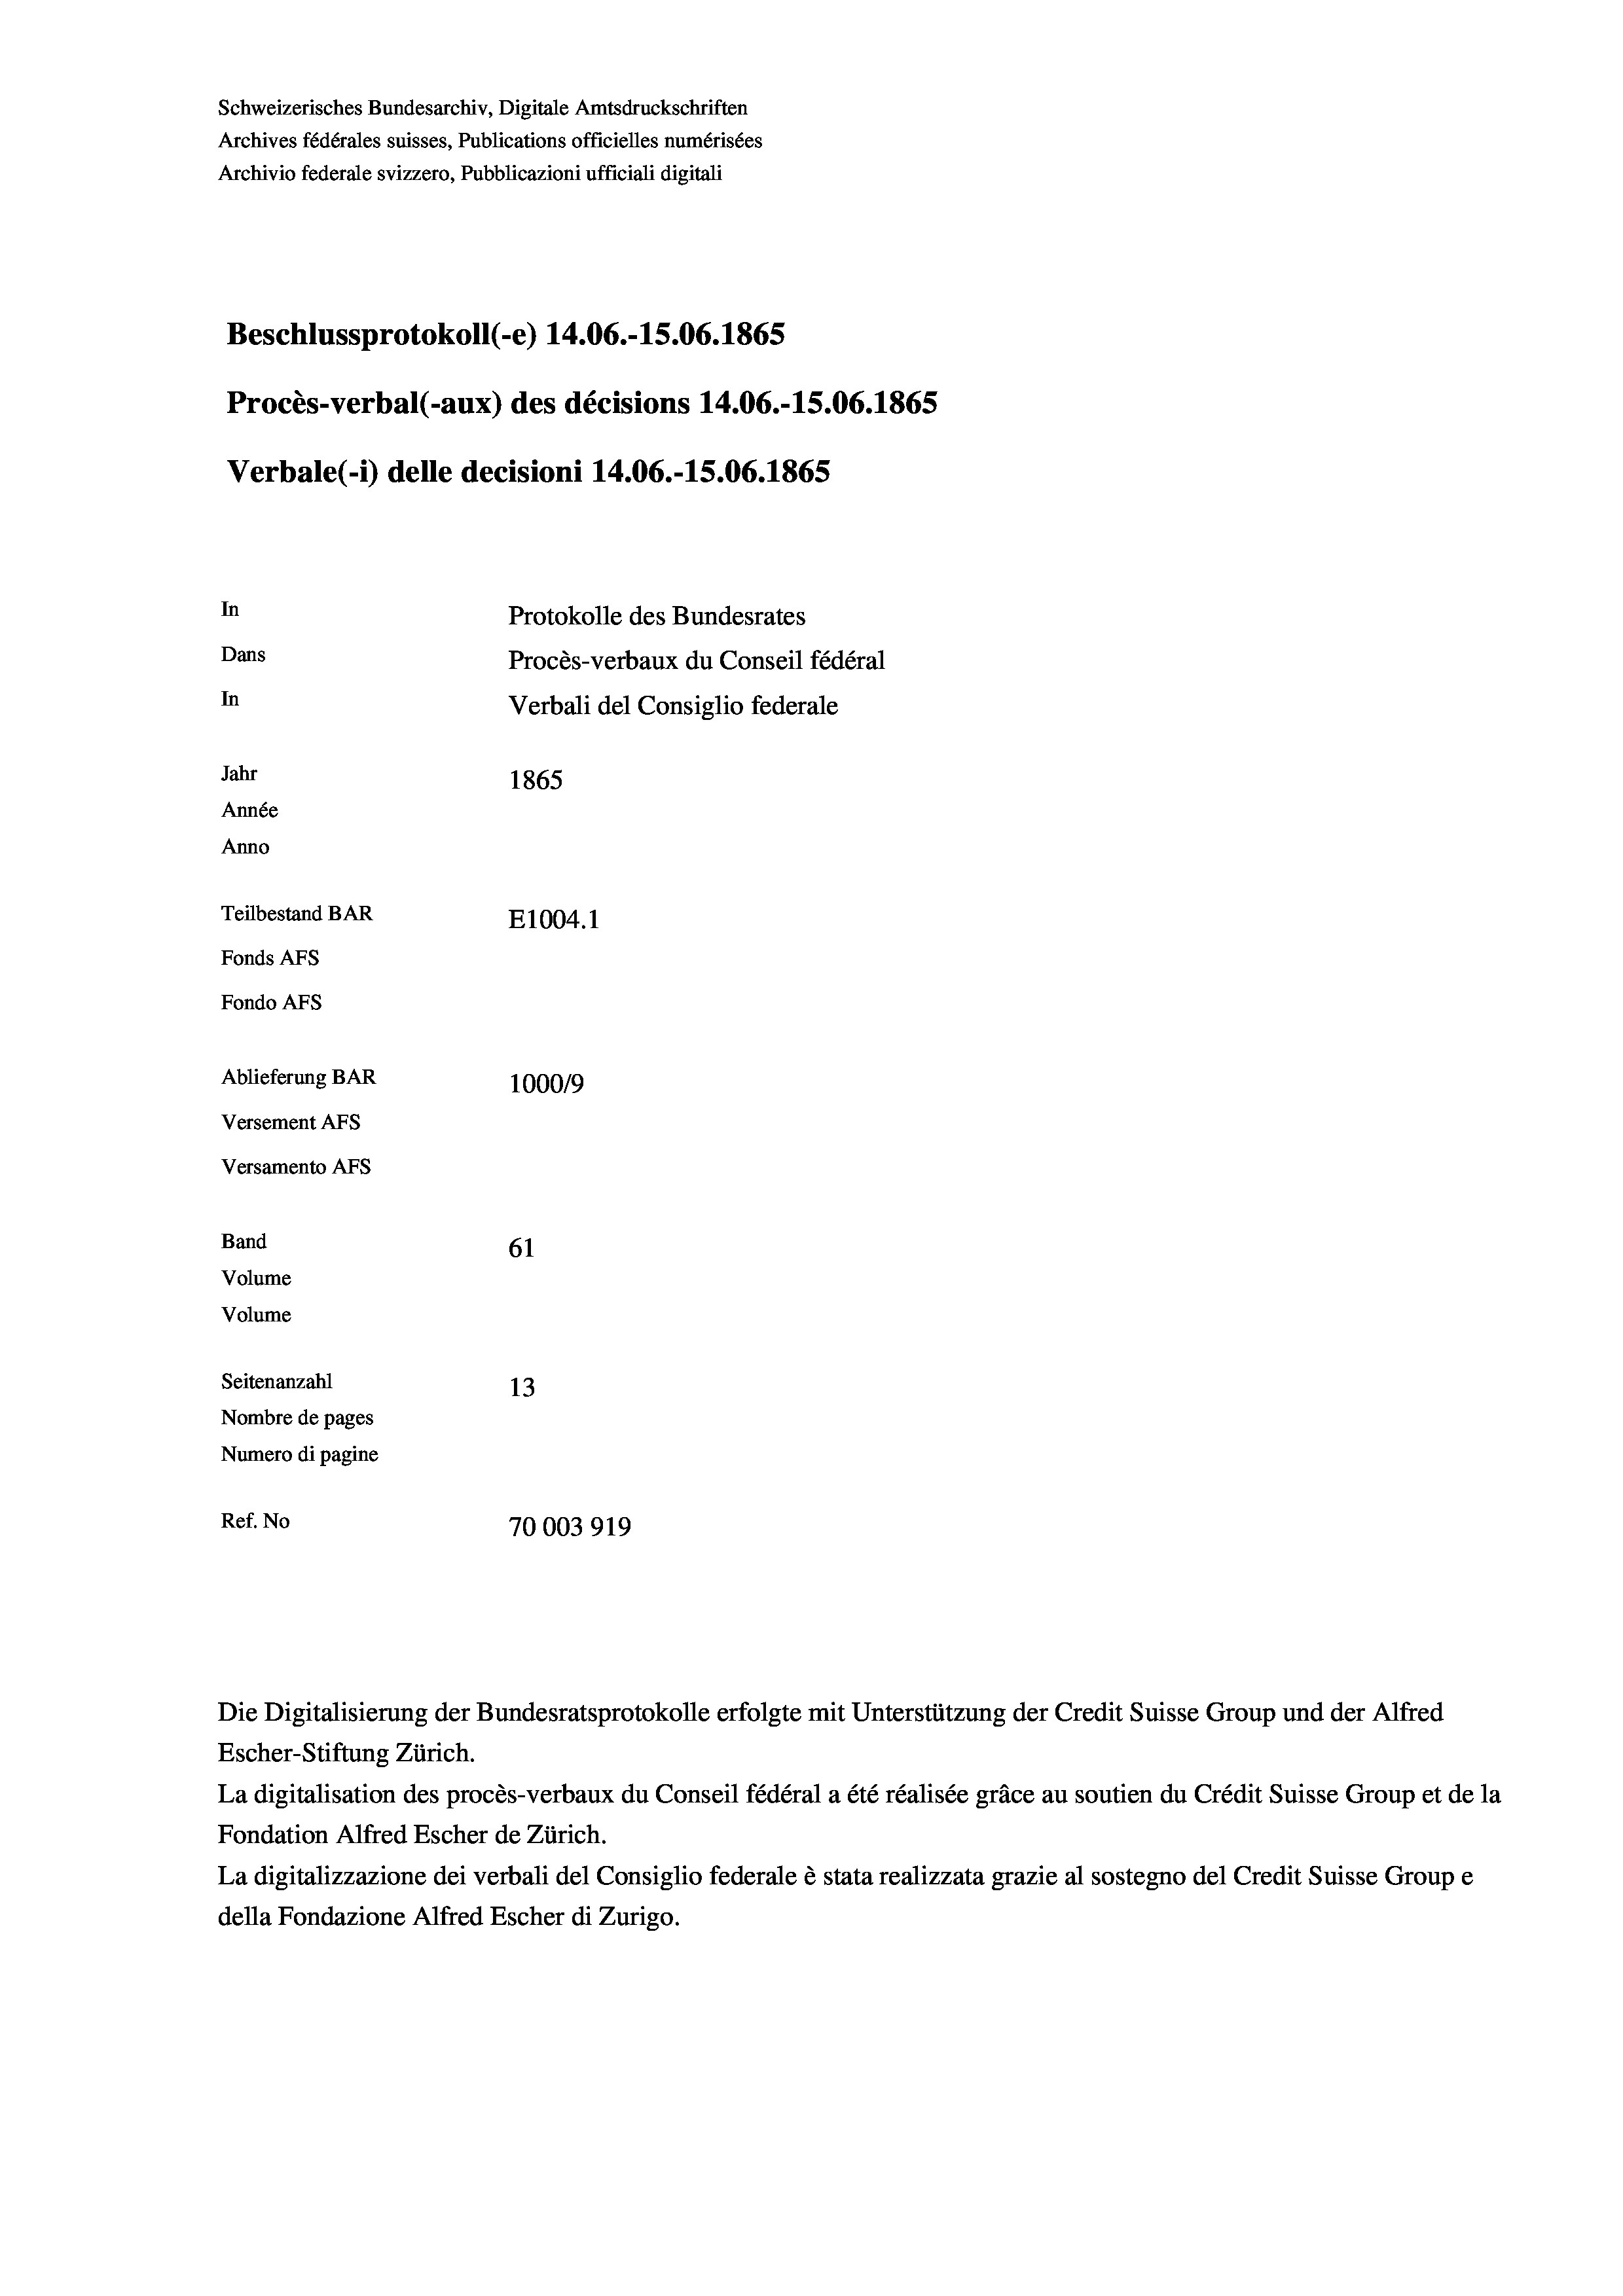
Schweizerisches Bundesarchiv, Digitale Amtsdruckschriften
Archives fédérales suisses, Publications officielles numérisées
Archivio federale svizzero, Pubblicazioni ufficiali digitali
Beschlussprotokoll (-e) 14.06.-15.06. 1865
Procès-verbal (-aux) des décisions 14.06.-1S.06. 1865
Verbale (i) delle decisioni 14.06.-15.06. 1865
In
Protokolle des Bundesrates
Dans
Procès-verbaux du Conseil fédéral
In
Verbali del Consiglio federale
Jahr
1865
Année
Anno
Teilbestand BAR
E1004.1
Fonds AFs
Fondo AFs
Ablieferung BAR
100019
Versement AFs
Versamento Afs
Band
61
Volume
Volume

Seitenanzahl
13
Nombre de pages
Numero di pagine
Ref. No
70003919

Escher-Stiftung Zürich.

Die Digitalisierung der Bundesratsprotokolle erfolgte mit Unterstützung der Credit Suisse Group und der Alfred

La digitalisation des procès-verbaux du Conseil fédéral a été réalisée gräce au soutien du Crédit Suisse Group et de la
Fondation Alfred Escher de Zürich.
La digitalizzazione dei verbali del Consiglio federale è stata realizzata grazie al sostegno del Credit Suisse Groupe
della Fondazione Alfred Escher di Zurigo.